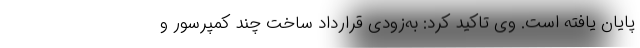
پایان یافته است. وی تاکید کرد: به‌زودی قرارداد ساخت چند کمپرسور و